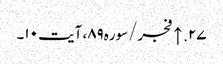
۲۷. ↑ فجر/سوره۸۹، آیت ۱۰۔